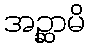
အဉ္ဆာမိ